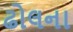
ઢોલના